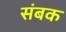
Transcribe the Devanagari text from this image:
संबक